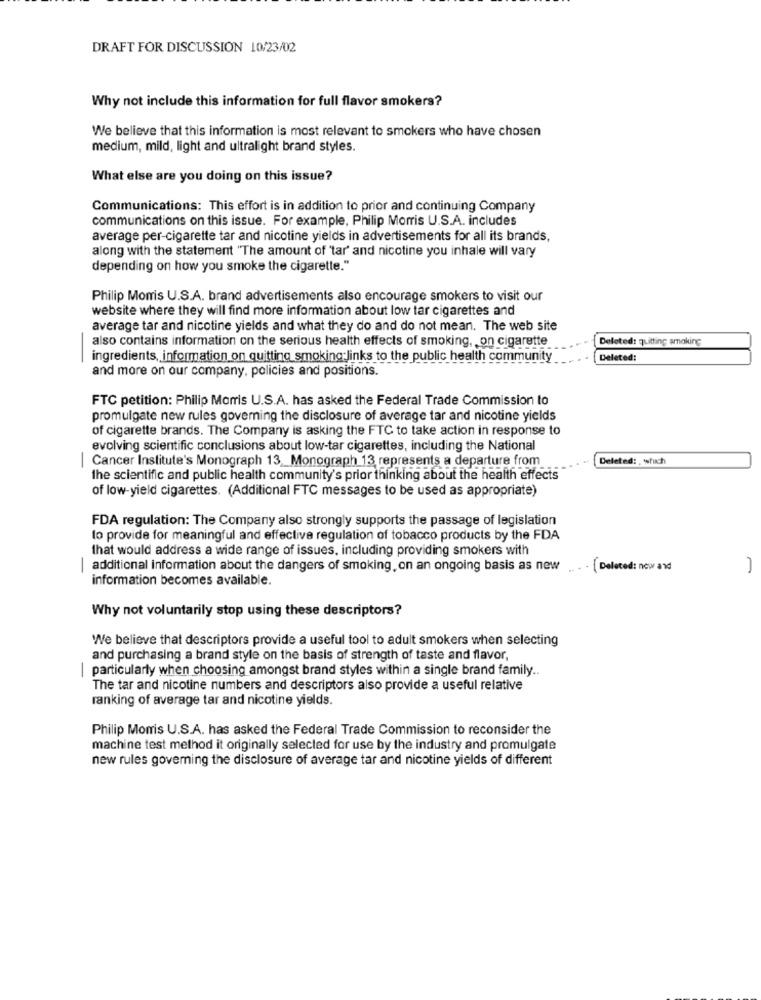
DRAFT FOR DISCUSSION 10/23/02
Why not include this information for full flavor smokers?
We believe that this information is most relevant to smokers who have chosen
medium, mild, light and ultralight brand styles.
What else are you doing on this issue?
Communications: This effort is in addition to prior and continuing Company
communications on this issue. For example, Philip Morris U.S.A. includes
average per-cigarette tar and nicotine yields in advertisements for all its brands,
along with the statement "The amount of 'tar' and nicotine you inhale will vary
depending on how you smoke the cigarette."
Philip Morris U.S.A. brand advertisements also encourage smokers to visit our
website where they will find more information about low tar cigarettes and
average tar and nicotine yields and what they do and do not mean. The web site
also contains information on the serious health effects of smoking, on cigarette
Deleted: quitting smoking
-
ingredients, information on quitting smoking links to the public health community
Deleted:
and more on our company, policies and positions.
FTC petition: Philip Morris U.S.A. has asked the Federal Trade Commission to
promulgate new rules governing the disclosure of average tar and nicotine yields
of cigarette brands. The Company is asking the FTC to take action in response to
evolving scientific conclusions about low-tar cigarettes, including the National
Cancer Institute's Monograph 13_Monograph 13 represents a departure from
Deleted: , which
the scientific and public health community's prior thinking about the health effects
of low-yield cigarettes. (Additional FTC messages to be used as appropriate)
FDA regulation: The Company also strongly supports the passage of legislation
to provide for meaningful and effective regulation of tobacco products by the FDA
that would address a wide range of issues, including providing smokers with
additional information about the dangers of smoking, on an ongoing basis as new .... (Deleted: new and
-
information becomes available.
Why not voluntarily stop using these descriptors?
We believe that descriptors provide a useful tool to adult smokers when selecting
and purchasing a brand style on the basis of strength of taste and flavor,
| particularly when choosing amongst brand styles within a single brand family.
The tar and nicotine numbers and descriptors also provide a useful relative
ranking of average tar and nicotine yields.
Philip Morris U.S.A. has asked the Federal Trade Commission to reconsider the
machine test method it originally selected for use by the industry and promulgate
new rules governing the disclosure of average tar and nicotine yields of different